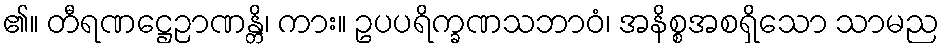
၏။ တီရဏဋ္ဌေဉာဏန္တိ၊ ကား။ ဥပပရိက္ခဏသဘာဝံ၊ အနိစ္စအစရှိသော သာမည